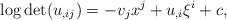
\begin{align*}\log\det (u_{,ij})=-v_jx^j+u_{,i}\xi^i+c,\end{align*}